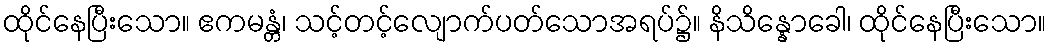
ထိုင်နေပြီးသော။ ဧကမန္တံ၊ သင့်တင့်လျောက်ပတ်သောအရပ်၌။ နိသိန္နောခေါ၊ ထိုင်နေပြီးသော။